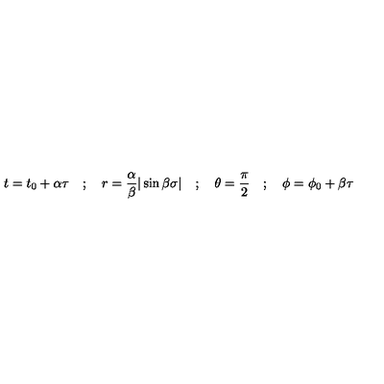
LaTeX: t = t _ { 0 } + \alpha \tau \quad ; \quad r = \frac { \alpha } { \beta } \vert \sin \beta \sigma \vert \quad ; \quad \theta = \frac { \pi } { 2 } \quad ; \quad \phi = \phi _ { 0 } + \beta \tau